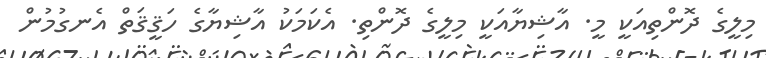
މިލީގެ ދޮންތިއަކީ މީ. އާޝިޔާއަކީ މިލީގެ ދޮންތި. އެކަމަކު އާޝިޔާގެ ހަޤީޤަތް އެނގުމުން